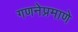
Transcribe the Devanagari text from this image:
गणनेप्रमाणे